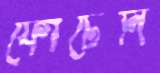
ফোটেনি